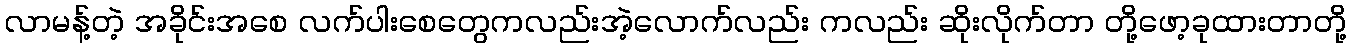
လာမန့်တဲ့ အခိုင်းအစေ လက်ပါးစေတွေကလည်းအဲ့လောက်လည်း ကလည်း ဆိုးလိုက်တာ တို့ဖော့ခုထားတာတို့